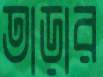
তাড়ার